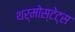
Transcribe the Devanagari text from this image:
थर्मोस्टेट्स